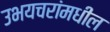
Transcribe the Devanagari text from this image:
उभयचरांमधील